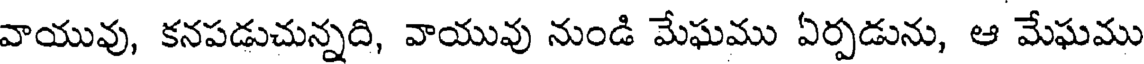
వాయువు, కనపడుచున్నది, వాయువు నుండి మేఘము ఏర్పడును, ఆ మేఘము